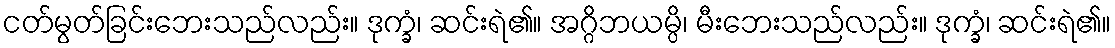
ငတ်မွတ်ခြင်းဘေးသည်လည်း။ ဒုက္ခံ၊ ဆင်းရဲ၏။ အဂ္ဂိဘယမ္ပိ၊ မီးဘေးသည်လည်း။ ဒုက္ခံ၊ ဆင်းရဲ၏။